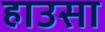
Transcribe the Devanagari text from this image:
हाउसा